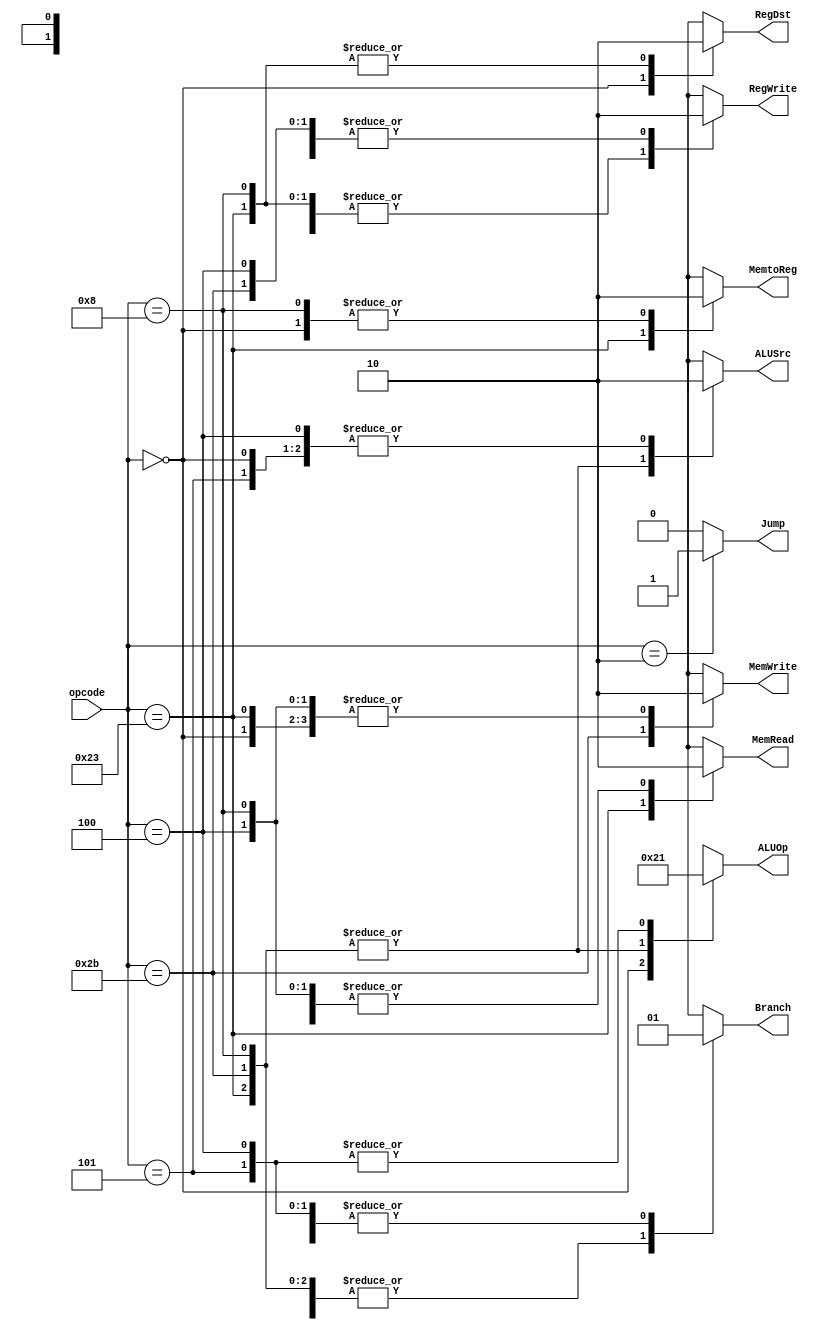
//-----------------------------------------------------------------------------
// Title         : MIPS Single-Cycle Control Unit
// Project       : ECE 313 - Computer Organization
//-----------------------------------------------------------------------------
// Organization  : Lafayette College
//
//-----------------------------------------------------------------------------
// Description :
//   Control unit for the MIPS "Single Cycle" processor implementation described
//   Section 5.4 of "Computer Organization and Design, 3rd ed."
//   by David Patterson & John Hennessey, Morgan Kaufmann, 2004 (COD3e).
//
//   It implements the function specified in Figure 5.18 on p. 308 of COD3e.
//
//-----------------------------------------------------------------------------

module control_single(opcode, RegDst, ALUSrc, MemtoReg, RegWrite, MemRead, MemWrite, Branch, ALUOp, Jump);
    input [5:0] opcode;
    output RegDst, ALUSrc, MemtoReg, RegWrite, MemRead, MemWrite, Branch, Jump;
    output [1:0] ALUOp;
    reg    RegDst, ALUSrc, MemtoReg, RegWrite, MemRead, MemWrite, Branch, Jump;
    reg    [1:0] ALUOp;

    parameter R_FORMAT = 6'd0;
    parameter LW = 6'd35;
    parameter SW = 6'd43;
    parameter BEQ = 6'd4;

    parameter JMP = 6'd2;
    parameter ADDI = 6'd8;
    parameter BNE = 6'd5;

    always @(opcode)
    begin
        case (opcode)
          R_FORMAT :
          begin
              RegDst=1'b1; ALUSrc=1'b0; MemtoReg=1'b0; RegWrite=1'b1; MemRead=1'b0;
              MemWrite=1'b0; Branch=1'b0; ALUOp = 2'b10; Jump=0;
          end
          LW :
          begin
              RegDst=1'b0; ALUSrc=1'b1; MemtoReg=1'b1; RegWrite=1'b1; MemRead=1'b1;
              MemWrite=1'b0; Branch=1'b0; ALUOp = 2'b00; Jump=0;
          end
          SW :
          begin
              RegDst=1'bx; ALUSrc=1'b1; MemtoReg=1'bx; RegWrite=1'b0; MemRead=1'b0;
              MemWrite=1'b1; Branch=1'b0; ALUOp = 2'b00; Jump=0;
          end
          BEQ :
          begin
              // RegDst: x, not writing to register
              // ALUSrc: 1, extend_immed
              // Memtoreg: x, not writing to register
              // RegWrite: 0, not writing to register
              // MemRead: 0, not reading from memory
              // MemWrite: 0, not writing to memory
              // Branch: 1,
              // ALUOp: 01, subtract to compare
              RegDst=1'bx; ALUSrc=1'b0; MemtoReg=1'bx; RegWrite=1'b0; MemRead=1'b0;
              MemWrite=1'b0; Branch=1'b1; ALUOp=2'b01; Jump=0;
          end
          JMP :
          begin
              // RegDst: x, not writing to register
              // ALUSrc: 1, extend_immed
              // Memtoreg: x, not writing to register
              // RegWrite: 0, not writing to register
              // MemRead: 0, not reading from memory
              // Branch: 1, set new PC
              // ALUOp: xx
              // Jump: 1, to jump address, not branch target
              $display("BEGIN JUMP PREP");
              RegDst=1'bx; ALUSrc=1'bx; MemtoReg=1'bx; RegWrite=1'b0; MemRead=1'b0;
              MemWrite=1'b0; Branch=1'b1; ALUOp = 2'bxx; Jump=1'b1;
          end
          ADDI :
          begin
              // RegDst: 0, write to rt
              // ALUSrc: 1, read from second register port
              // Memtoreg: 0, ALU result to register
              // RegWrite: 1, writing to register
              // MemRead: 0, not reading from memory
              // Branch: 0, not branching
              // ALUOp: 00, add two registers
              RegDst=1'b0; ALUSrc=1'b1; MemtoReg=1'b0; RegWrite=1'b1; MemRead=1'b0;
              MemWrite=1'b0; Branch=1'b0; ALUOp=2'b00; Jump=0;
          end
          BNE :
          begin
              // RegDst: x, not writing to register
              // ALUSrc: 1, extend_immed
              // Memtoreg: x, not writing to register
              // RegWrite: 0, not writing to register
              // MemRead: 0, not reading from memory
              // MemWrite: 0, not writing to memory
              // Branch: 1,
              // ALUOp: 01, subtract to compare
              RegDst=1'bx; ALUSrc=1'b0; MemtoReg=1'bx; RegWrite=1'b0; MemRead=1'b0;
              MemWrite=1'b0; Branch=1'b1; ALUOp=2'b01; Jump=0;
          end
          default
          begin
              $display("control_single unimplemented opcode %d", opcode);
              RegDst=1'bx; ALUSrc=1'bx; MemtoReg=1'bx; RegWrite=1'bx; MemRead=1'bx;
              MemWrite=1'bx; Branch=1'bx; ALUOp = 3'bxxx; Jump=0;
          end

        endcase
    end
endmodule